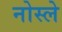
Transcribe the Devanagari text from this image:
नोस्ले